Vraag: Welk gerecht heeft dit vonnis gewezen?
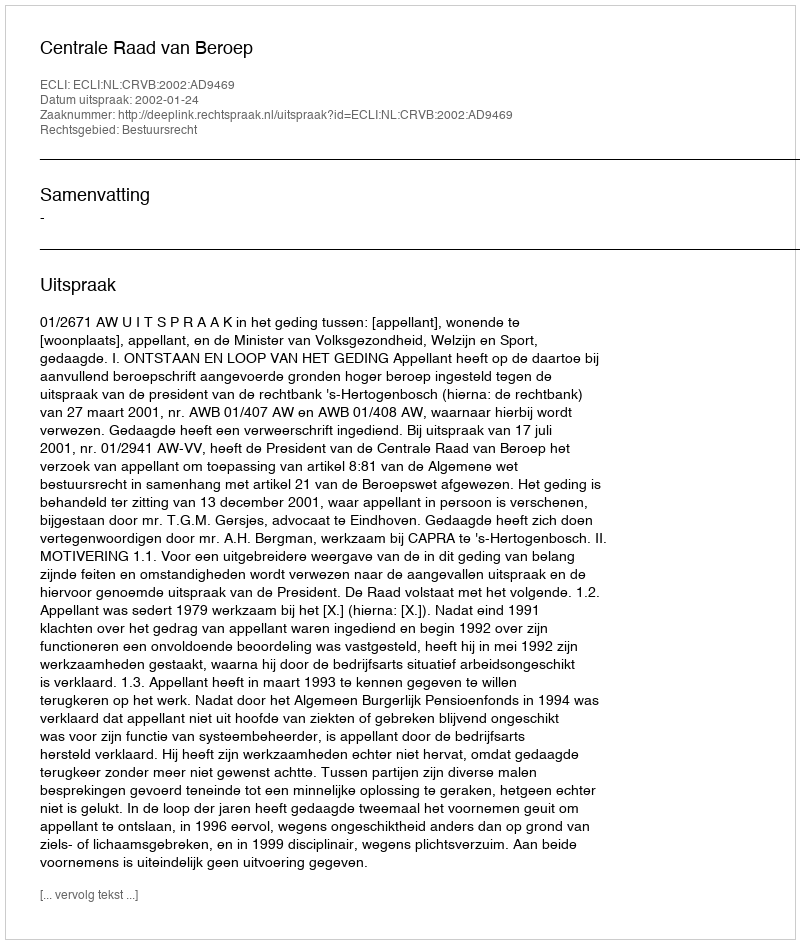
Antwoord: Centrale Raad van Beroep